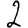
Digit: 2